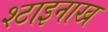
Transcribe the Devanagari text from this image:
श्टाइनाख